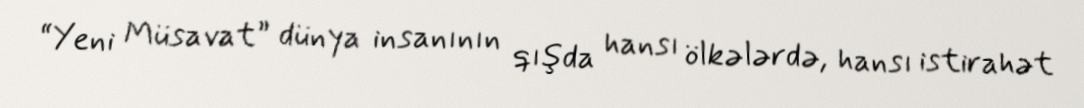
“Yeni Müsavat” dünya insanının qışda hansı ölkələrdə, hansı istirahət